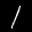
Label: 1